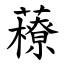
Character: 䕩